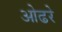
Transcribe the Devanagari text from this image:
ओढरे